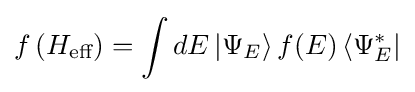
f\left(H_{\text{eff}}\right)=\int dE\left|\Psi _{E}\right\rangle f(E)\left\langle \Psi _{E}^{*}\right|